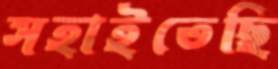
সহাইতেছি